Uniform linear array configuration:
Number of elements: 48
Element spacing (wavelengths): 0.75
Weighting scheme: binomial
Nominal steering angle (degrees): -60
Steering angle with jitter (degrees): -60.482
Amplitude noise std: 0.05
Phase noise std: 0.05

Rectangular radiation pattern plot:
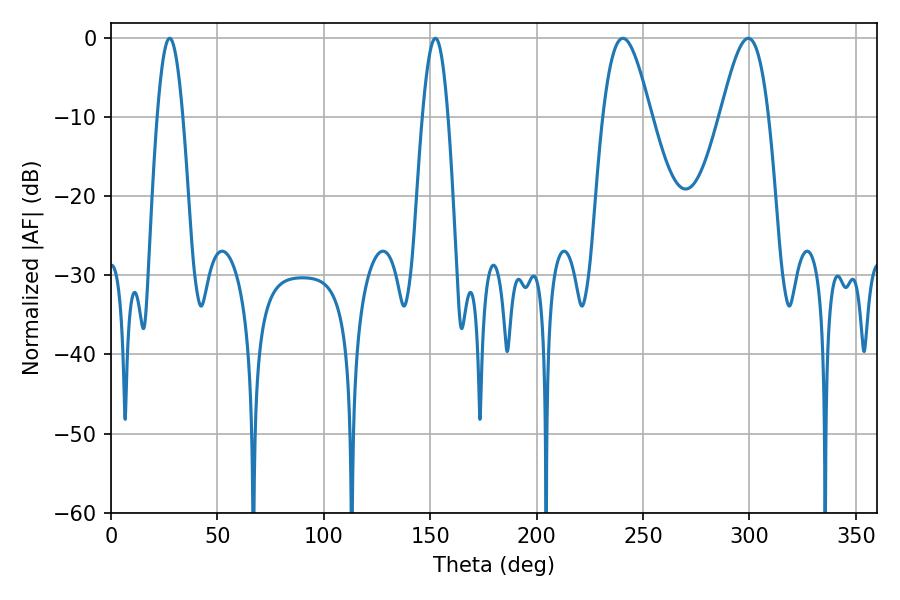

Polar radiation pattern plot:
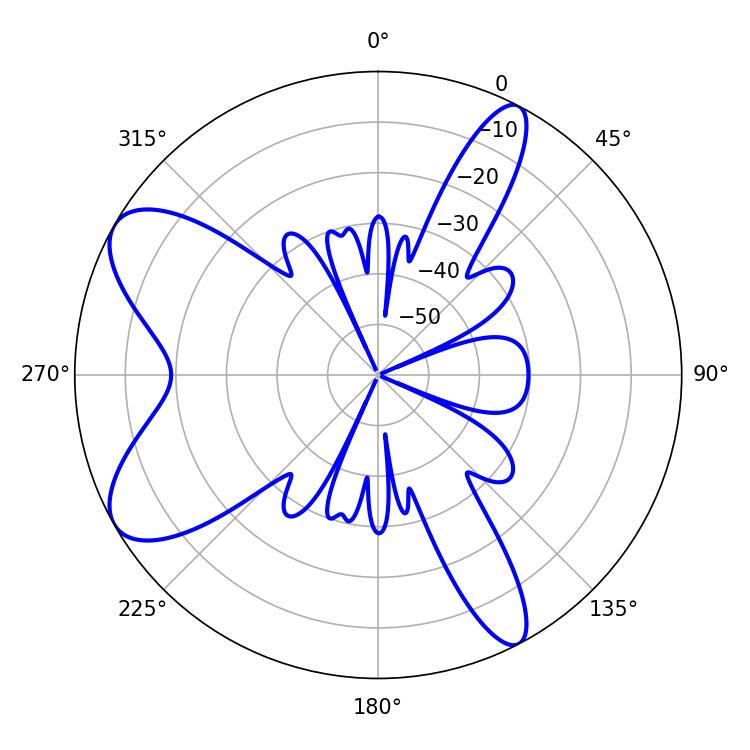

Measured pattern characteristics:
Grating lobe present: TRUE
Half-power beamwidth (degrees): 6.48
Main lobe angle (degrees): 27.54